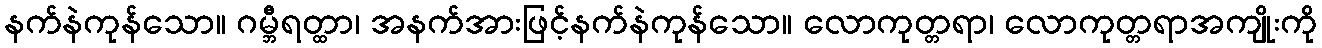
နက်နဲကုန်သော။ ဂမ္ဘီရတ္ထာ၊ အနက်အားဖြင့်နက်နဲကုန်သော။ လောကုတ္တရာ၊ လောကုတ္တရာအကျိုးကို